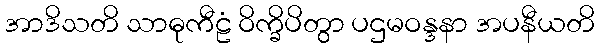
အာဒိသတိ သာဓုကီဠံ ဝိက္ခိပိတွာ ပဌမဝန္ဒနာ အပနီယတိ